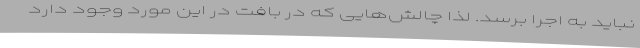
نباید به اجرا برسد. لذا چالش‌هایی که در بافت در این مورد وجود دارد